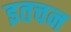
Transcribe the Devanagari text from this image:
इतचन